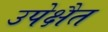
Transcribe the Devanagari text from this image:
उपेक्षैत